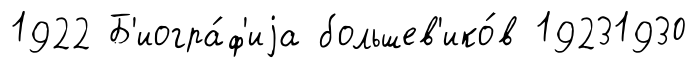
1922 Б'иогра́ф'иjа большев'ико́в 19231930